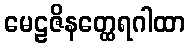
မေဠဇိနတ္ထေရဂါထာ